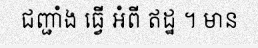
ជញ្ជាំង ធ្វើ អំពី ឥដ្ឋ ។ មាន